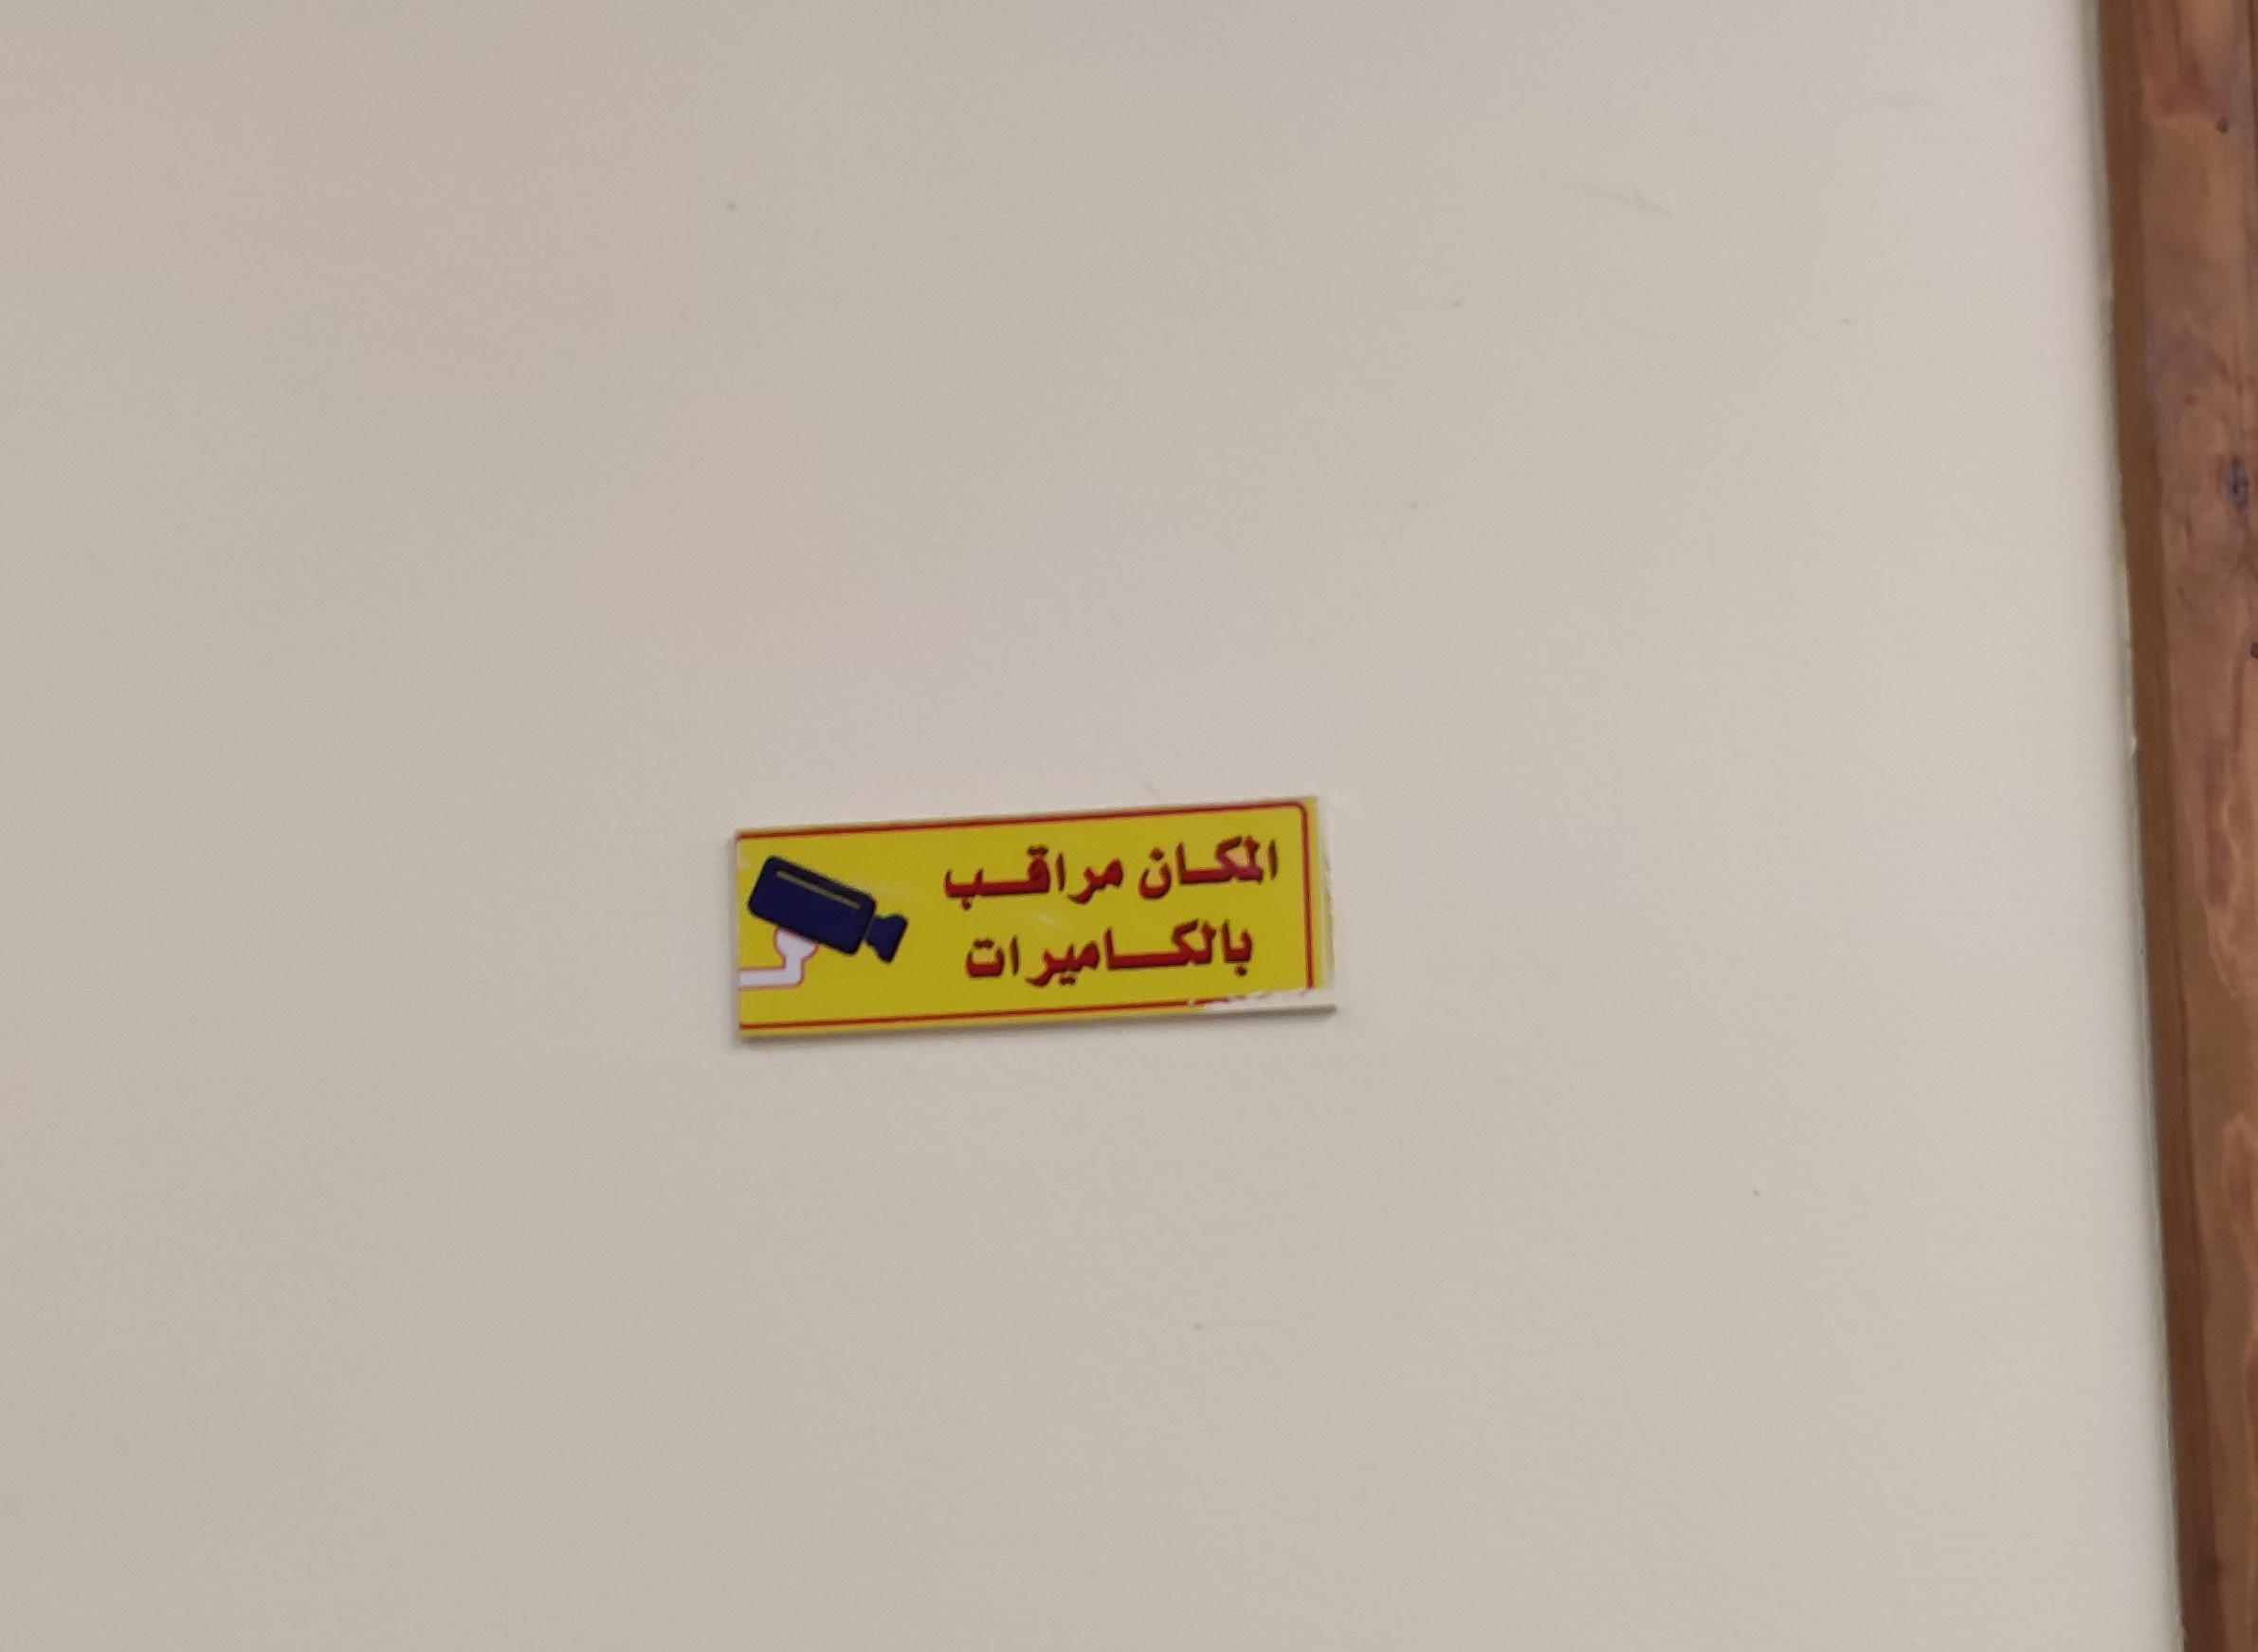
Text in image: المكان مراقب بالكاميرات